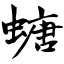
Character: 螗